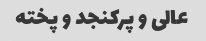
عالی و پرکنجد و پخته